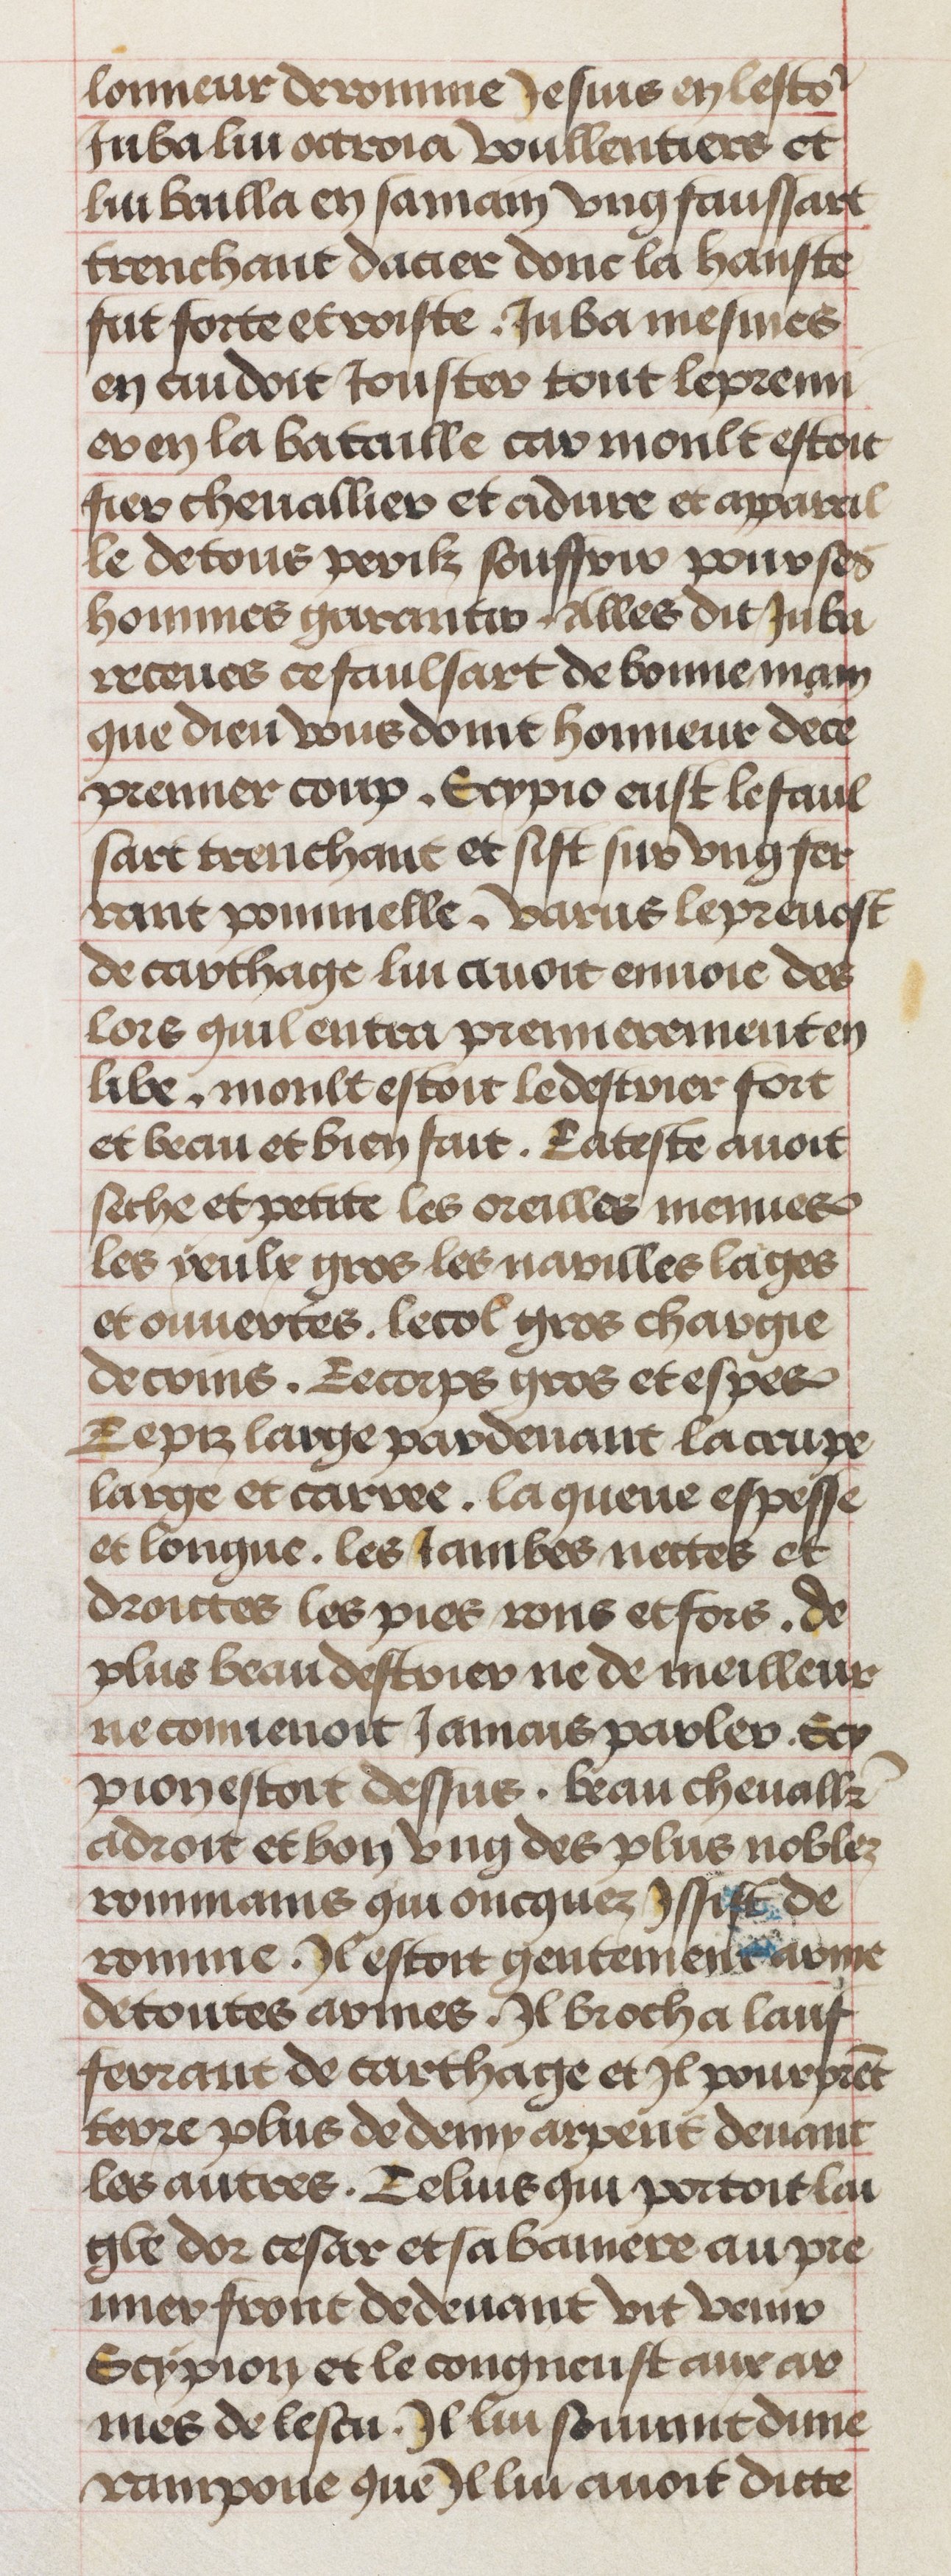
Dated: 1450–1474